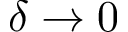
\delta \to 0